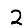
Digit: 2